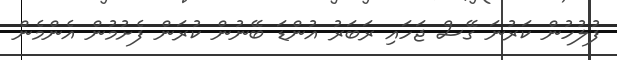
ފުލުހުން ކަރުނަ ގޭސް ޖަހައި ރަބަރު އުންޑަ ބޭނުން ކުރަން ފެށުމުން އެންމެން